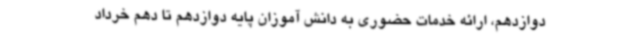
دوازدهم، ارائه خدمات حضوری به دانش آموزان پایه دوازدهم تا دهم خرداد